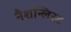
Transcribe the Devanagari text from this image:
नैशन्लिस्ट